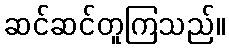
ဆင်ဆင်တူကြသည်။